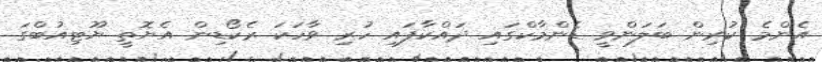
އެންމެ ކުރިން ބަލަންވީ ޑެންމާކްގައި ދައްކާފައި ހުރި ވާހަކަ ރެކޯޑިން އެޔޮތީ ޔޫޓިއުބްގަ